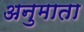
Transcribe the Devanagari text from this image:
अनुमाता